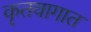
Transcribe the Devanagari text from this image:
कृतयागात